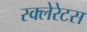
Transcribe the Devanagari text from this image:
स्क्लेरेटस